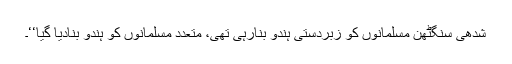
شدھی سنگٹھن مسلمانوں کو زبردستی ہندو بنارہی تھی، متعدد مسلمانوں کو ہندو بنادیا گیا‘‘۔